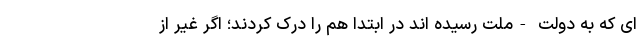
ای که به دولت -ملت رسیده اند در ابتدا هم را درک کردند؛ اگر غیر از